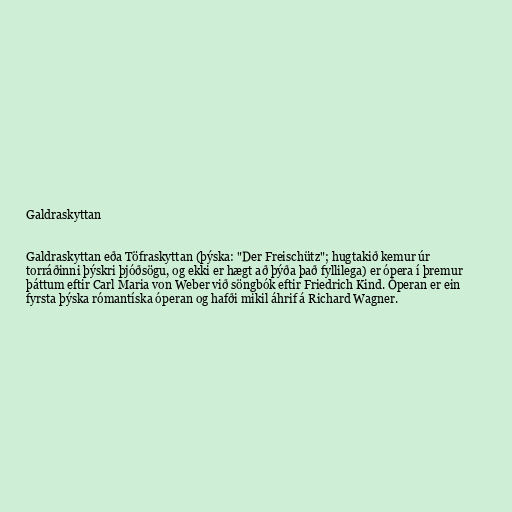
Galdraskyttan

Galdraskyttan eða Töfraskyttan (þýska: "Der Freischütz"; hugtakið kemur úr
torráðinni þýskri þjóðsögu, og ekki er hægt að þýða það fyllilega) er ópera í þremur
þáttum eftir Carl Maria von Weber við söngbók eftir Friedrich Kind. Óperan er ein
fyrsta þýska rómantíska óperan og hafði mikil áhrif á Richard Wagner.